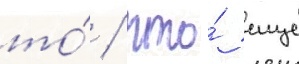
то́ / что́ еще